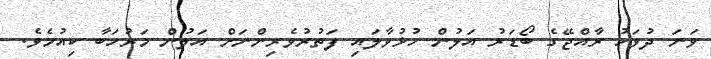
ވަނަ ދުވަހު ރާއްޖޭގެ ބޯޑަރު އަލުން ހުޅުވާލައި ފަތުރުވެރިންނަށް އަލުން މަރުހަބާ ކިއުމެވެ.